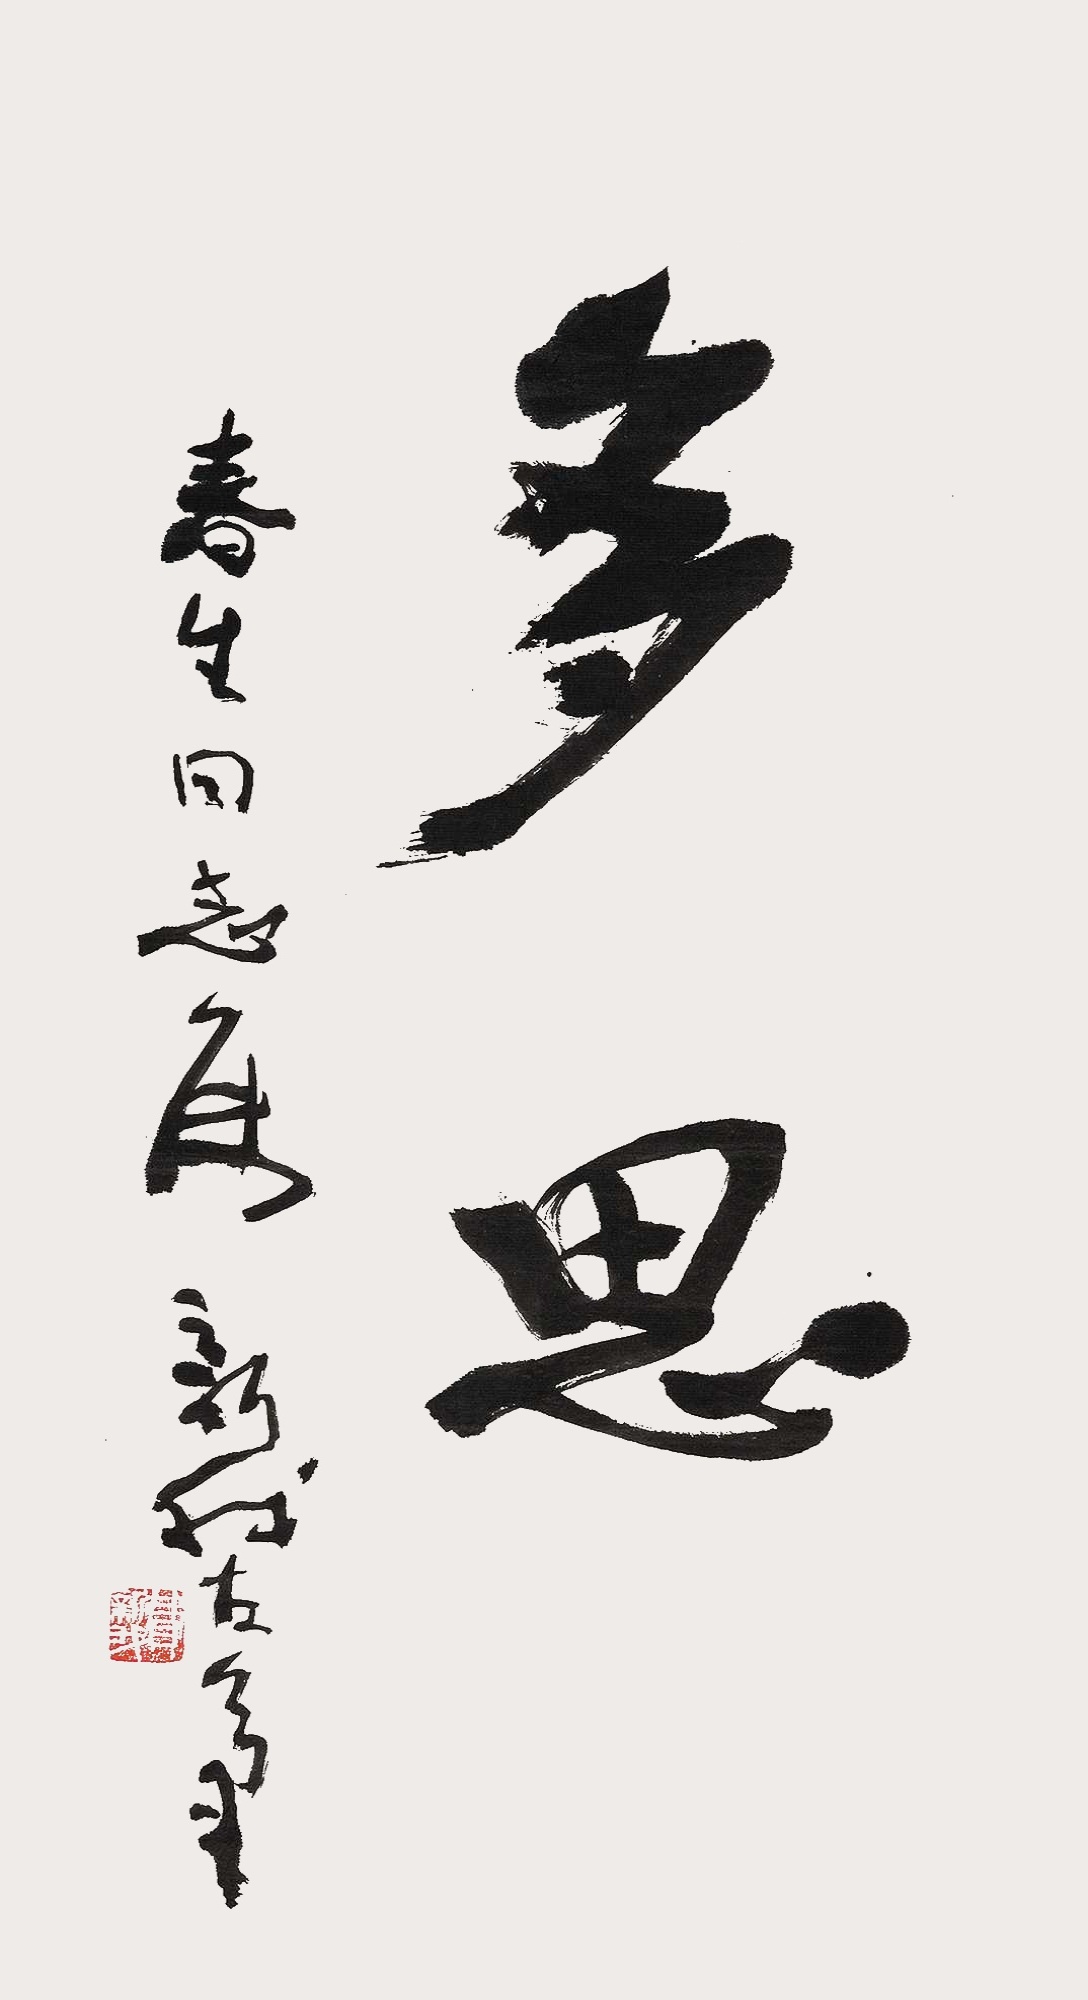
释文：多思。春生同志属，新我左笔。